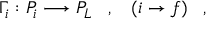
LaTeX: \Gamma _ { i } : { \cal P } _ { i } \longrightarrow { \cal P } _ { L } \; \; \; , \; \; \; ( i \rightarrow f ) \; \; \; ,